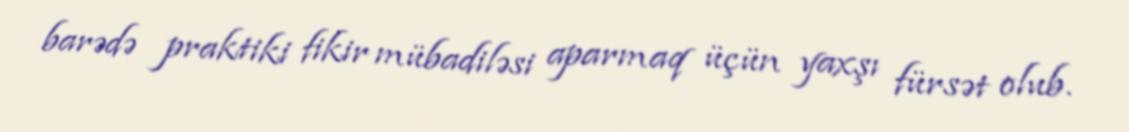
barədə praktiki fikir mübadiləsi aparmaq üçün yaxşı fürsət olub.